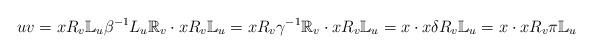
LaTeX: \begin{align*}uv=xR_v\mathbb{L}_u\beta^{-1}L_u\mathbb{R}_v\cdot xR_v\mathbb{L}_u=xR_v\gamma^{-1}\mathbb{R}_v\cdot xR_v\mathbb{L}_u=x\cdot x\delta R_v\mathbb{L}_u=x\cdot xR_v\pi\mathbb{L}_u\end{align*}